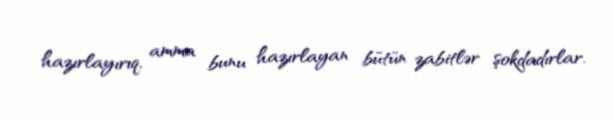
hazırlayırıq, amma bunu hazırlayan bütün zabitlər şokdadırlar.